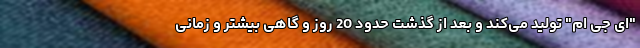
"ای جی ام" تولید می‌کند و بعد از گذشت حدود 20 روز و گاهی بیشتر و زمانی